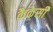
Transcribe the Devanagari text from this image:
कैकेसी